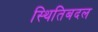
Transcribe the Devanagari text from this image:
स्थितिबदल